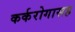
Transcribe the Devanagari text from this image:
कर्करोगासह